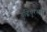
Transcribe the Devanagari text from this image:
बुद्धिपुरस्सर